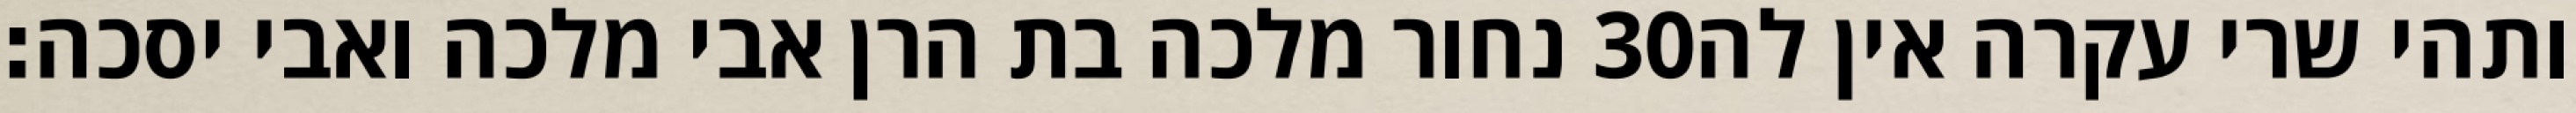
נחור מלכה בת הרן אבי מלכה ואבי יסכה׃ ‎30‏ ותהי שרי עקרה אין לה